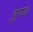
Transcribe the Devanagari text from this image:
इपब